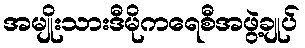
အမျိုးသားဒီမိုကရေစီအဖွဲ့ချုပ်